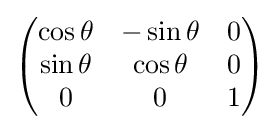
{\begin{pmatrix}\cos \theta &-\sin \theta &0\\\sin \theta &\cos \theta &0\\0&0&1\end{pmatrix}}